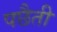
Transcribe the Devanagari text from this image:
पछैती